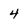
Character: 4